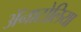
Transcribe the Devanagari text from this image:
ॲनाटोलिया